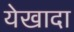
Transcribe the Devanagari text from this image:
येखादा